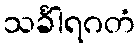
သင်္ခါရဂတံ